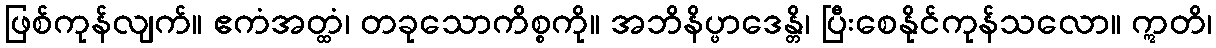
ဖြစ်ကုန်လျက်။ ဧကံအတ္ထံ၊ တခုသောကိစ္စကို။ အဘိနိပ္ဖာဒေန္တိ၊ ပြီးစေနိုင်ကုန်သလော။ ဣတိ၊